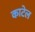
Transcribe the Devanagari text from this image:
काटेल